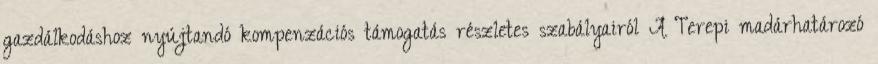
gazdálkodáshoz nyújtandó kompenzációs támogatás részletes szabályairól A Terepi madárhatározó